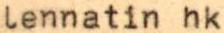
lennatin hk